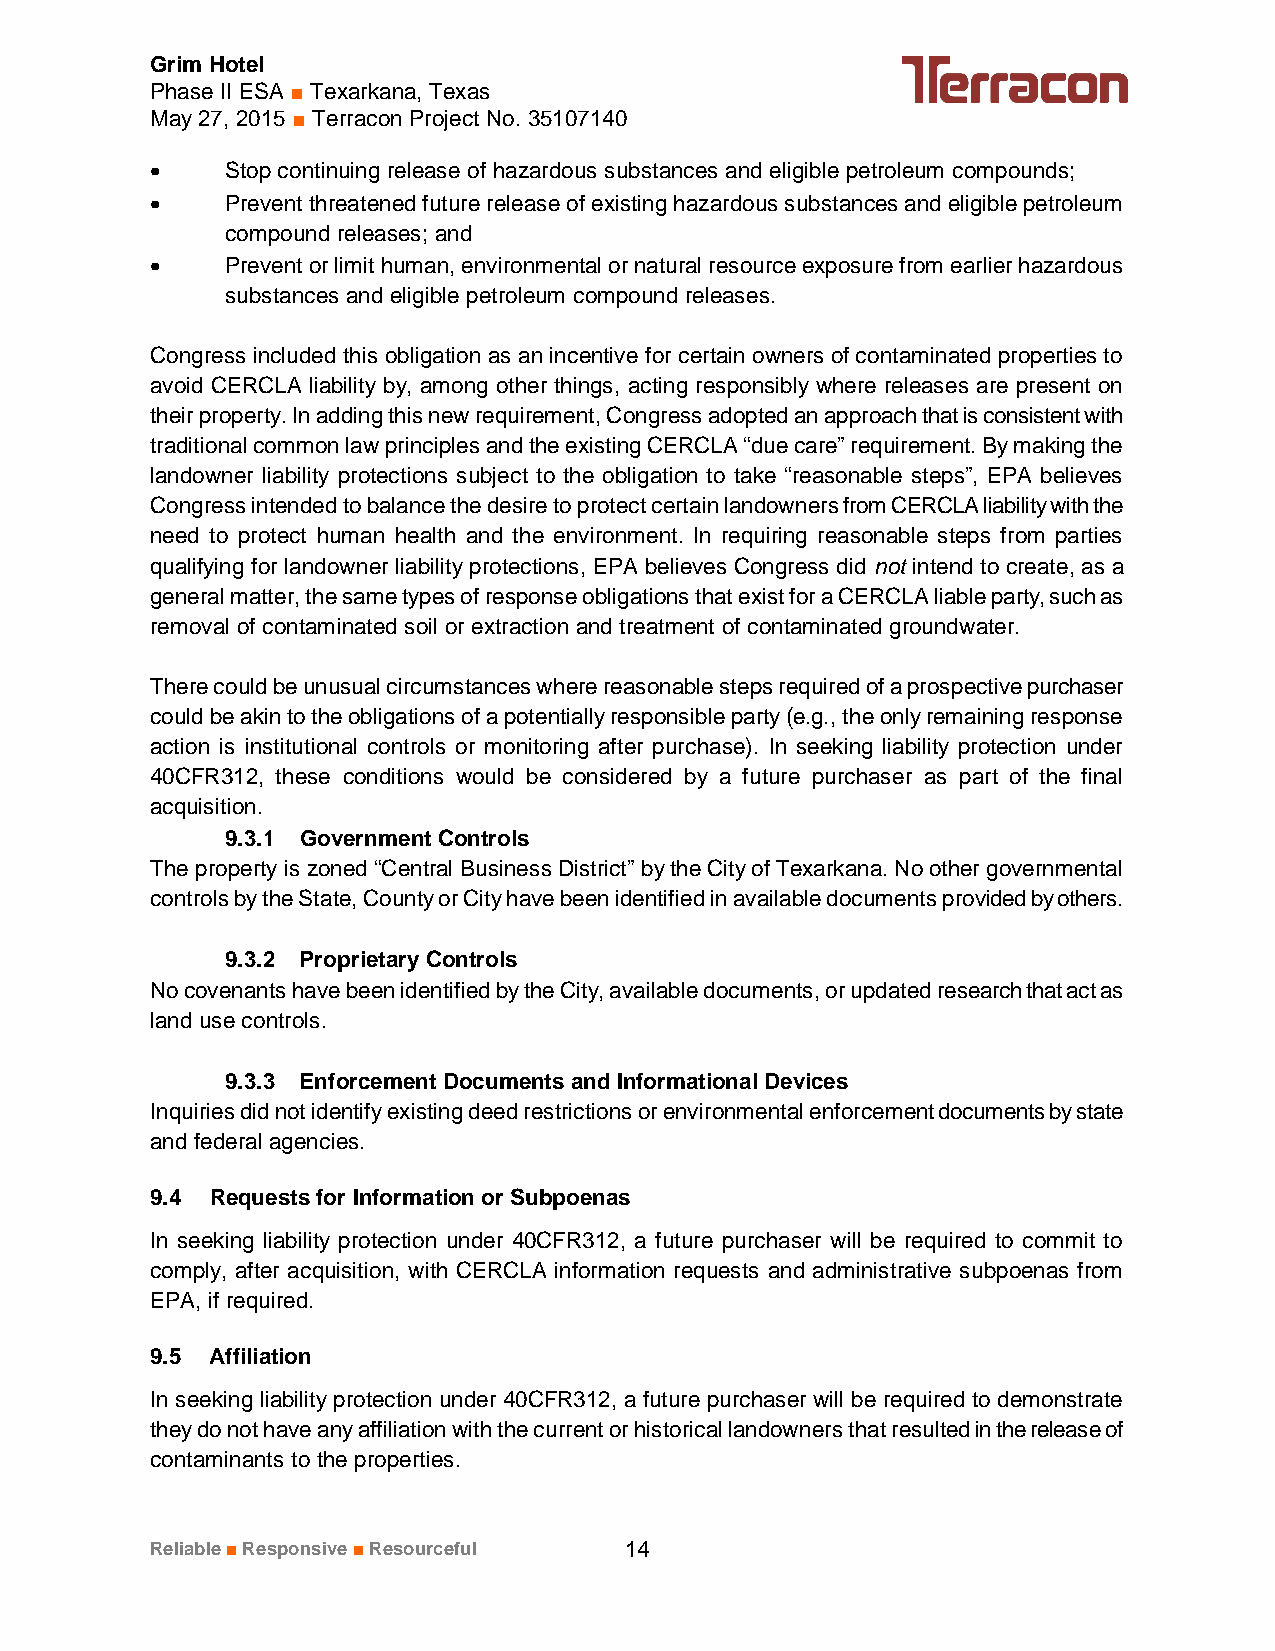
Grim Hotel
 Phase II ESA ■ Texarkana, Texas
 May 27, 2015 ■ Terracon Project No. 35107140
 ·    Stop continuing release of hazardous substances and eligible petroleum compounds;
 ·    Prevent threatened future release of existing hazardous substances and eligible petroleum
 compound releases; and
 ·    Prevent or limit human, environmental or natural resource exposure from earlier hazardous
 substances and eligible petroleum compound releases.
 Congress included this obligation as an incentive for certain owners of contaminated properties to
 avoid CERCLA liability by, among other things, acting responsibly where releases are present on
 their property. In adding this new requirement, Congress adopted an approach that is consistent with
 traditional common law principles and the existing CERCLA “due care” requirement. By making the
 landowner liability protections subject to the obligation to take “reasonable steps”, EPA believes
 Congress intended to balance the desire to protect certain landowners from CERCLA liability with the
 need to protect human health and the environment. In requiring reasonable steps from parties
 qualifying for landowner liability protections, EPA believes Congress did not intend to create, as a
 general matter, the same types of response obligations that exist for a CERCLA liable party, such as
 removal of contaminated soil or extraction and treatment of contaminated groundwater.
 There could be unusual circumstances where reasonable steps required of a prospective purchaser
 could be akin to the obligations of a potentially responsible party (e.g., the only remaining response
 action is institutional controls or monitoring after purchase). In seeking liability protection under
 40CFR312, these conditions would be considered by a future purchaser as part of the final
 acquisition.
 9.3.1 Government Controls
 The property is zoned “Central Business District” by the City of Texarkana. No other governmental
 controls by the State, County or City have been identified in available documents provided by others.
 9.3.2 Proprietary Controls
 No covenants have been identified by the City, available documents, or updated research that act as
 land use controls.
 9.3.3 Enforcement Documents and Informational Devices
 Inquiries did not identify existing deed restrictions or environmental enforcement documents by state
 and federal agencies.
 9.4 Requests for Information or Subpoenas
 In seeking liability protection under 40CFR312, a future purchaser will be required to commit to
 comply, after acquisition, with CERCLA information requests and administrative subpoenas from
 EPA, if required.
 9.5 Affiliation
 In seeking liability protection under 40CFR312, a future purchaser will be required to demonstrate
 they do not have any affiliation with the current or historical landowners that resulted in the release of
 contaminants to the properties.
 Reliable■Responsive■Resourceful 14